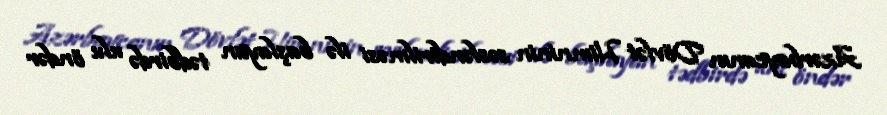
Azərbaycanın Dövlət Himninin səsləndirilməsi ilə başlayan tədbirdə ulu öndər